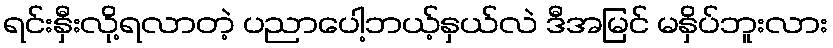
ရင်းနှီးလို့ရလာတဲ့ ပညာပေါ့ဘယ့်နှယ်လဲ ဒီအမြင် မနှိပ်ဘူးလား